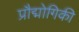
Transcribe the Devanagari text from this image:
प्रौद्मोगिकी